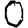
Digit: 0